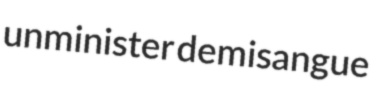
unminister demisangue